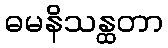
ဓမနိသန္ထတာ